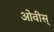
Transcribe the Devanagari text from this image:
ओवीस्